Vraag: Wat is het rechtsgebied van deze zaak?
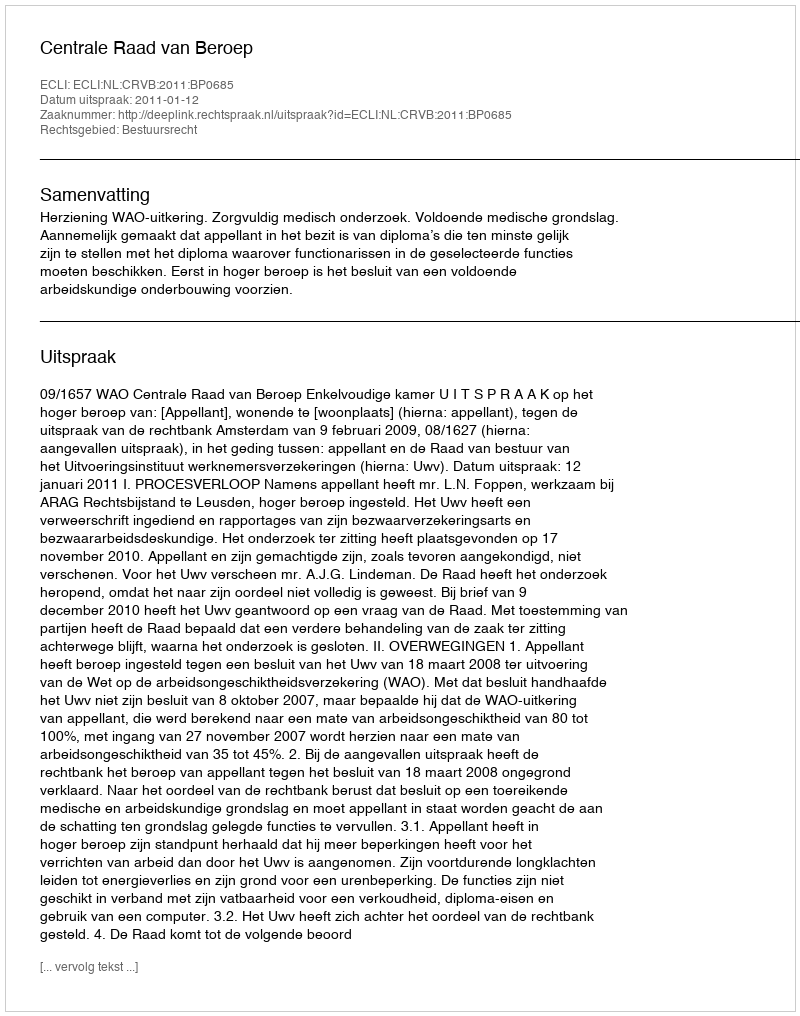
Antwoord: Bestuursrecht